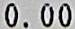
0.00